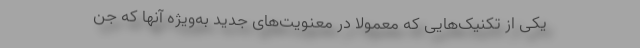
یکی از تکنیک‌هایی که معمولا در معنویت‌های جدید به‌ویژه آنها که جن